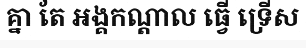
គ្នា តែ អង្គកណ្តាល ធ្វើ ទ្រើស